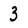
Character: 3